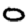
Digit: 0